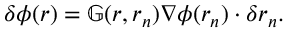
\delta \phi ( \boldsymbol { r } ) = \mathbb { G } ( \boldsymbol { r } , \boldsymbol { r } _ { n } ) \nabla \phi ( \boldsymbol { r } _ { n } ) \cdot \delta \boldsymbol { r } _ { n } .